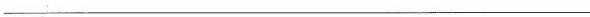
___